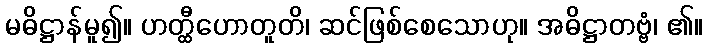
မဓိဋ္ဌာန်မူ၍။ ဟတ္ထီဟောတူတိ၊ ဆင်ဖြစ်စေသောဟု။ အဓိဋ္ဌာတဗ္ဗံ၊ ၏။